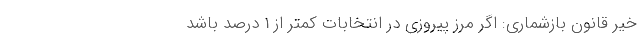
خیر قانون بازشماری: اگر مرز پیروزی در انتخابات کمتر از 1 درصد باشد